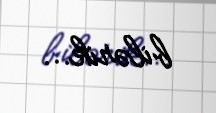
bilərik...